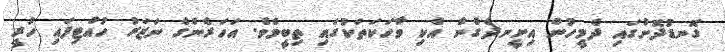
ގޮނޑުދޮށުގައި ދެމީހުން އިށީނދެގެން އެކި ވާހަކަތަކުގައި ތިބީމެވެ. އަހަރެންގެ ނަޒަރު ހުއްޓިފައި ހުރީ